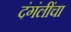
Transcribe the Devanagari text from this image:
दंगंलींचा